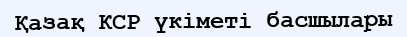
Қазақ КСР үкіметі басшылары